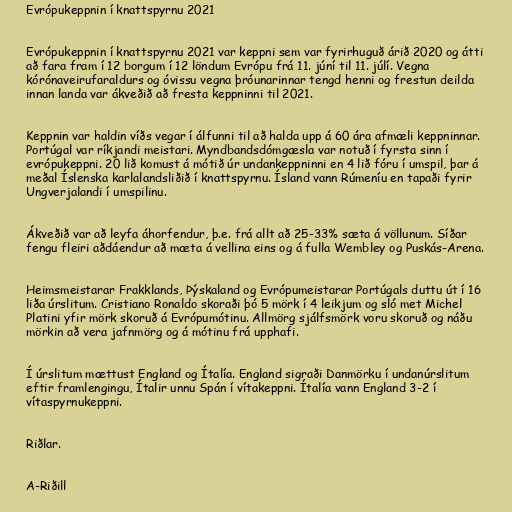
Evrópukeppnin í knattspyrnu 2021

Evrópukeppnin í knattspyrnu 2021 var keppni sem var fyrirhuguð árið 2020 og átti
að fara fram í 12 borgum í 12 löndum Evrópu frá 11. júní til 11. júlí. Vegna
kórónaveirufaraldurs og óvissu vegna þróunarinnar tengd henni og frestun deilda
innan landa var ákveðið að fresta keppninni til 2021.

Keppnin var haldin víðs vegar í álfunni til að halda upp á 60 ára afmæli keppninnar.
Portúgal var ríkjandi meistari. Myndbandsdómgæsla var notuð í fyrsta sinn í
evrópukeppni. 20 lið komust á mótið úr undankeppninni en 4 lið fóru í umspil, þar á
meðal Íslenska karlalandsliðið í knattspyrnu. Ísland vann Rúmeníu en tapaði fyrir
Ungverjalandi í umspilinu.

Ákveðið var að leyfa áhorfendur, þ.e. frá allt að 25-33% sæta á völlunum. Síðar
fengu fleiri aðdáendur að mæta á vellina eins og á fulla Wembley og Puskás-Arena.

Heimsmeistarar Frakklands, Þýskaland og Evrópumeistarar Portúgals duttu út í 16
liða úrslitum. Cristiano Ronaldo skoraði þó 5 mörk í 4 leikjum og sló met Michel
Platini yfir mörk skoruð á Evrópumótinu. Allmörg sjálfsmörk voru skoruð og náðu
mörkin að vera jafnmörg og á mótinu frá upphafi.

Í úrslitum mættust England og Ítalía. England sigraði Danmörku í undanúrslitum
eftir framlengingu, Ítalir unnu Spán í vítakeppni. Ítalía vann England 3-2 í
vítaspyrnukeppni.

Riðlar.

A-Riðill